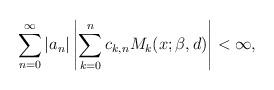
LaTeX: \begin{align*}\sum_{n=0}^\infty |a_n|\left|\sum_{k=0}^n c_{k,n} M_k(x;\beta,d)\right|<\infty,\end{align*}